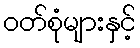
ဝတ်စုံများနှင့်